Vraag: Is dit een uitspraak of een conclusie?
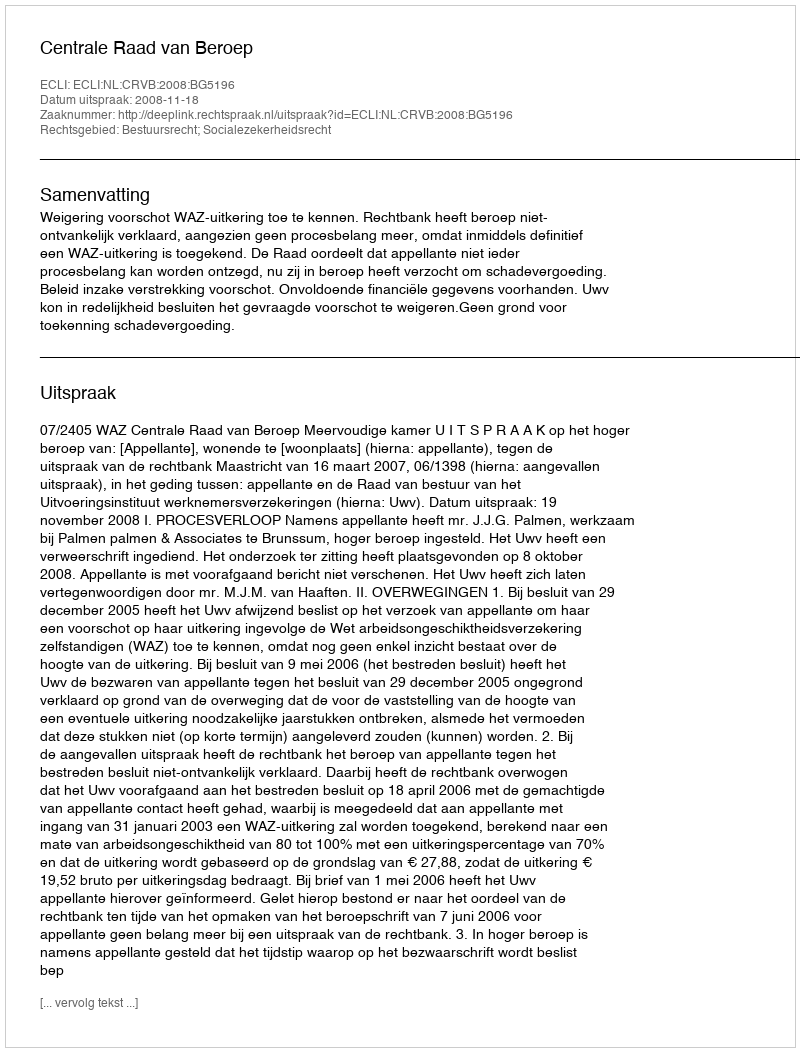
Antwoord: Uitspraak